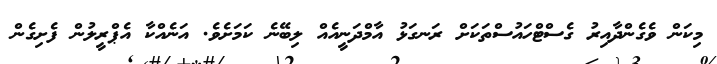
މިކަން ވެގެންދާއިރު ގެސްޓްހައުސްތަކަށް ރަނގަޅު އާމްދަނީއެއް ލިބޭނެ ކަމަށެވެ. އަނެއްކާ އެޕްރީލުން ފެށިގެން